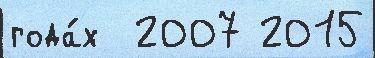
года́х  2007 2015